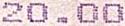
20.00